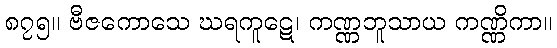
၈၇၅။ ဗီဇကောသေ ဃရကူဋေ၊ ကဏ္ဏဘူသာယ ကဏ္ဏိကာ။